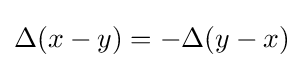
\Delta (x-y)=-\Delta (y-x)